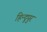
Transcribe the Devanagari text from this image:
हिन्दूपुर